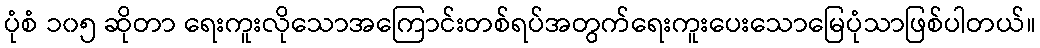
ပုံစံ ၁၀၅ ဆိုတာ ရေးကူးလိုသောအကြောင်းတစ်ရပ်အတွက်ရေးကူးပေးသောမြေပုံသာဖြစ်ပါတယ်။